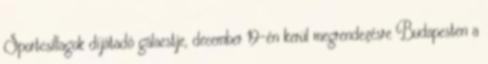
Sportcsillagok díjátadó gálaestje, december 19-én kerül megrendezésre Budapesten a